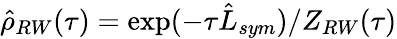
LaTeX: \hat{\rho}_{RW}(\tau)=\exp(-\tau\hat{L}_{sym})/Z_{RW}(\tau)